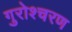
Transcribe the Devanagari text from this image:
गुरोश्चरण